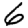
Digit: 6